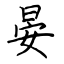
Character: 晏